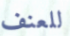
للعنف